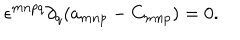
LaTeX: \epsilon ^ { m n p q } \partial _ { q } ( a _ { m n p } - C _ { m n p } ) = 0 .